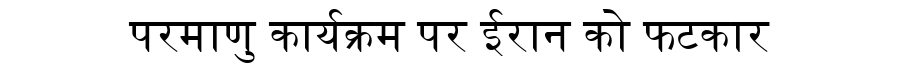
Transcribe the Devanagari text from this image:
परमाणु कार्यक्रम पर ईरान को फटकार